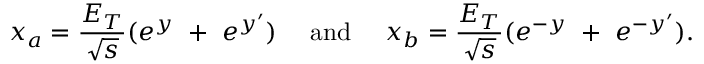
x _ { a } = \frac { E _ { T } } { \sqrt { s } } ( e ^ { y } \ + \ e ^ { y ^ { \prime } } ) \ \ \ \ \mathrm { a n d } \ \ \ \ x _ { b } = \frac { E _ { T } } { \sqrt { s } } ( e ^ { - y } \ + \ e ^ { - y ^ { \prime } } ) .